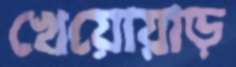
খেয়োয়াড়